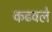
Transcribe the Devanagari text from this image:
कढवले